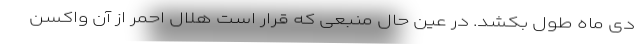
دی ماه طول بکشد. در عین حال منبعی که قرار است هلال احمر از آن واکسن